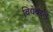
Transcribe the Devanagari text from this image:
विद्येबद्दल